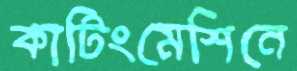
কাটিংমেশিনে